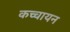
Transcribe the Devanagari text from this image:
कच्चायन